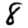
Digit: 8